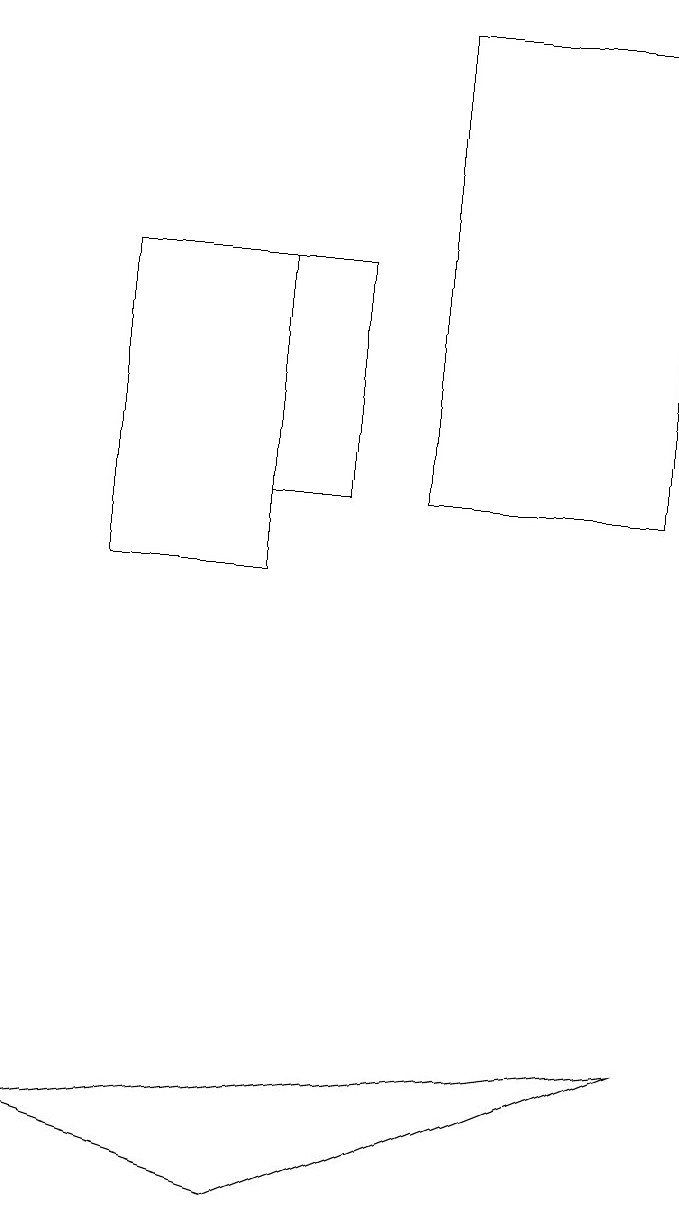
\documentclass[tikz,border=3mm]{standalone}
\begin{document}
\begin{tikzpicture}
\draw (9,12) rectangle (6,18);
\draw (2,11) rectangle (4,15);
\draw (4,15) rectangle (5,12);
\draw (4,3) -- (9,5) -- (1,4) -- cycle;
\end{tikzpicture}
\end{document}